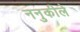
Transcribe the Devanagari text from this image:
ननुकीले